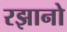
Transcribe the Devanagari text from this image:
रझानो